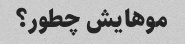
موهایش چطور؟